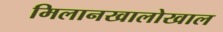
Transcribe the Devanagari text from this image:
मिलानखालोखाल